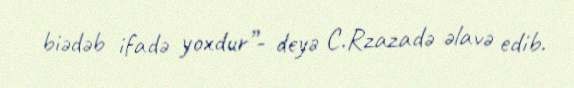
biədəb ifadə yoxdur”- deyə C.Rzazadə əlavə edib.